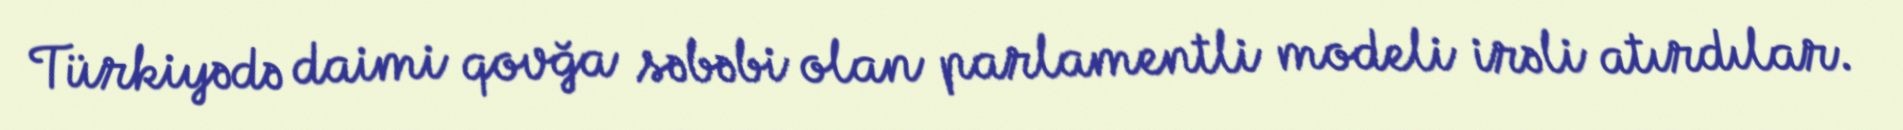
Türkiyədə daimi qovğa səbəbi olan parlamentli modeli irəli atırdılar.